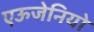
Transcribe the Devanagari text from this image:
एऊजेनियो